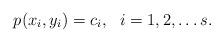
LaTeX: \begin{align*}p(x_i, y_i) = c_i, \ \ i = 1, 2, \dots s .\end{align*}